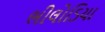
ભીલોડિયા